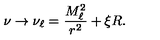
\nu \rightarrow \nu _ { \ell } = \frac { M _ { \ell } ^ { 2 } } { r ^ { 2 } } + \xi R .